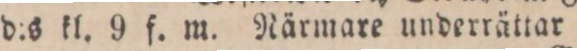
d:s kl. 9 f. m. Närmare underrättar